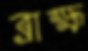
ব্রাহ্ম